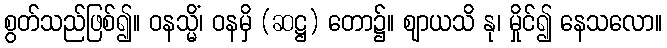
စွတ်သည်ဖြစ်၍။ ဝနသ္မိံ၊ ဝနမှိ (ဆဋ္ဌ) တော၌။ ဈာယသိ နု၊ မှိုင်၍ နေသလော။